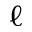
\ell